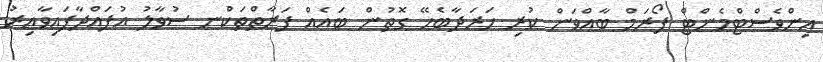
އިންވެސްޓްމެންޓް ފޯރަމް ބާއްވަން ކުރި ހަރަދާބެހޭ ގޮތުން ބައެއް ފަރާތްތަކުްނ ސުވާލު އުފައްދާފައިވާއިރު